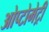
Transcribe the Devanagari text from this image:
ओप्टोमेट्री